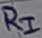
Text: RI